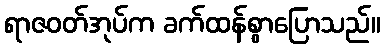
ရာဇဝတ်အုပ်က ခက်ထန်စွာပြောသည်။